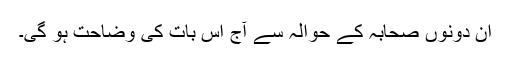
ان دونوں صحابہؓ کے حوالہ سے آج اس بات کی وضاحت ہو گی۔